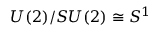
U ( 2 ) / S U ( 2 ) \cong S ^ { 1 }